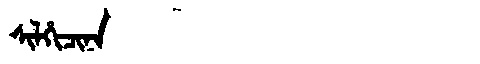
Manchu: ᠰᡳᠯᡥᡳᠴᡳᠨᠠ
Romanization: SILHICINA